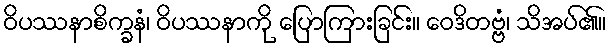
ဝိပဿနာစိက္ခနံ၊ ဝိပဿနာကို ပြောကြားခြင်း။ ဝေဒိတဗ္ဗံ၊ သိအပ်၏။